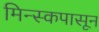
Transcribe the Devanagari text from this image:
मिन्स्कपासून